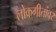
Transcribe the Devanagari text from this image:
लोकगीतांवर